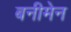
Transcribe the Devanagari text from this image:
बनीमेन